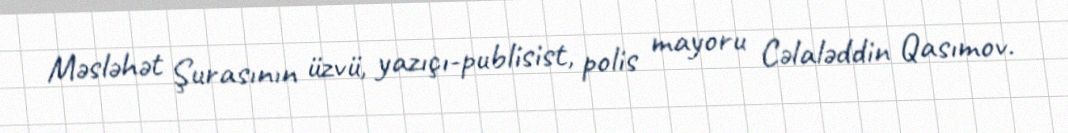
Məsləhət Şurasının üzvü, yazıçı-publisist, polis mayoru Cəlaləddin Qasımov.